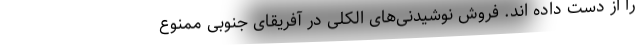
را از دست داده اند. فروش نوشیدنی‌های الکلی در آفریقای جنوبی ممنوع